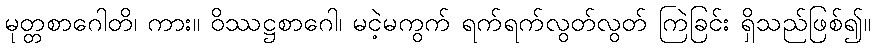
မုတ္တစာဂေါတိ၊ ကား။ ဝိဿဋ္ဌစာဂေါ၊ မငဲ့မကွက် ရက်ရက်လွတ်လွတ် ကြဲခြင်း ရှိသည်ဖြစ်၍။